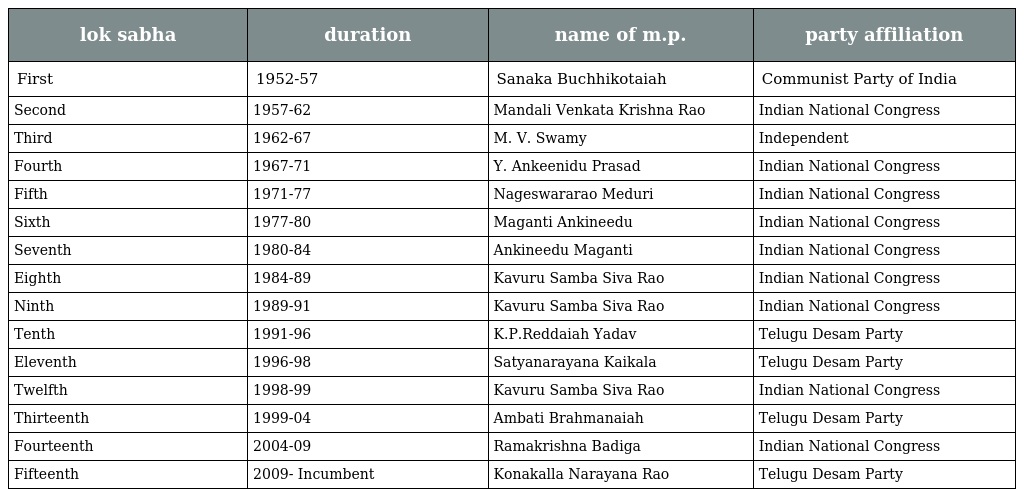
| lok sabha | duration | name of m.p. | party affiliation |
 | --- | --- | --- | --- |
 | First | 1952-57 | Sanaka Buchhikotaiah | Communist Party of India |
 | Second | 1957-62 | Mandali Venkata Krishna Rao | Indian National Congress |
 | Third | 1962-67 | M. V. Swamy | Independent |
 | Fourth | 1967-71 | Y. Ankeenidu Prasad | Indian National Congress |
 | Fifth | 1971-77 | Nageswararao Meduri | Indian National Congress |
 | Sixth | 1977-80 | Maganti Ankineedu | Indian National Congress |
 | Seventh | 1980-84 | Ankineedu Maganti | Indian National Congress |
 | Eighth | 1984-89 | Kavuru Samba Siva Rao | Indian National Congress |
 | Ninth | 1989-91 | Kavuru Samba Siva Rao | Indian National Congress |
 | Tenth | 1991-96 | K.P.Reddaiah Yadav | Telugu Desam Party |
 | Eleventh | 1996-98 | Satyanarayana Kaikala | Telugu Desam Party |
 | Twelfth | 1998-99 | Kavuru Samba Siva Rao | Indian National Congress |
 | Thirteenth | 1999-04 | Ambati Brahmanaiah | Telugu Desam Party |
 | Fourteenth | 2004-09 | Ramakrishna Badiga | Indian National Congress |
 | Fifteenth | 2009- Incumbent | Konakalla Narayana Rao | Telugu Desam Party |